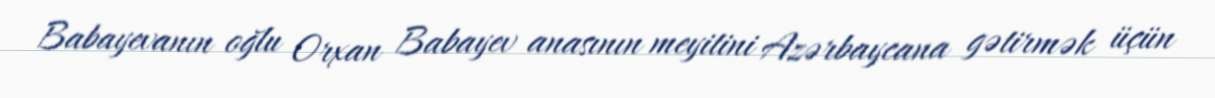
Babayevanın oğlu Orxan Babayev anasının meyitini Azərbaycana gətirmək üçün